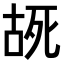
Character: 𫪔